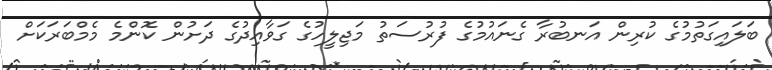
ބަލައިގަތުމުގެ ކުރިން އަނބުރާ ގެނައުމުގެ ފުރުސަތު މަޖިލީހުގެ ގަވާއިދުގެ ދަށުން ކޮންމެ މެމްބަރަކަށް